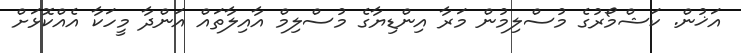
އަޚުން. ކަޝްމޯރުގެެ މުސްލިމުން މަރާ އިންޑިޔާގެ މުސްލިމް އާއިލާތައް އަންދާ މީހަކާ އެއްކޮޅަށް